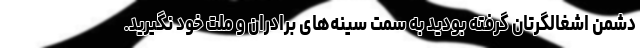
دشمن اشغالگرتان گرفته بودید به سمت سینه‌های برادران و ملت خود نگیرید.